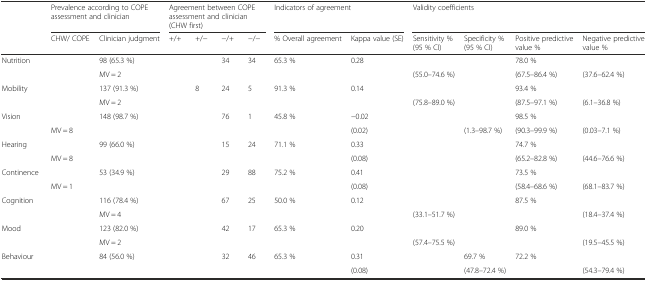
<table><thead><tr><td>[EMPTY_CELL]</td><td colspan="2"><b>Prevalence according to COPE assessment and clinician</b></td><td colspan="4"><b>Agreement between COPE assessment and clinician (CHW first)</b></td><td colspan="2"><b>Indicators of agreement</b></td><td colspan="4"><b>Validity coefficients</b></td></tr><tr><td>[EMPTY_CELL]</td><td><b>CHW/ COPE</b></td><td><b>Clinician judgment</b></td><td><b>+/+</b></td><td><b>+/−</b></td><td><b>−/+</b></td><td><b>−/−</b></td><td><b>% Overall agreement</b></td><td><b>Kappa value (SE)</b></td><td><b>Sensitivity % (95 % CI)</b></td><td><b>Specificity % (95 % CI)</b></td><td><b>Positive predictive value %</b></td><td><b>Negative predictive value %</b></td></tr></thead><tbody><tr><td rowspan="2">Nutrition</td><td rowspan="2">[EMPTY_CELL]</td><td>98 (65.3 %)</td><td rowspan="2">[EMPTY_CELL]</td><td rowspan="2">[EMPTY_CELL]</td><td rowspan="2">34</td><td rowspan="2">34</td><td rowspan="2">65.3 %</td><td>0.28</td><td>[EMPTY_CELL]</td><td>[EMPTY_CELL]</td><td>78.0 %</td><td>[EMPTY_CELL]</td></tr><tr><td>MV = 2</td><td>[EMPTY_CELL]</td><td>(55.0–74.6 %)</td><td>[EMPTY_CELL]</td><td>(67.5–86.4 %)</td><td>(37.6–62.4 %)</td></tr><tr><td rowspan="2">Mobility</td><td rowspan="2">[EMPTY_CELL]</td><td>137 (91.3 %)</td><td rowspan="2">[EMPTY_CELL]</td><td rowspan="2">8</td><td rowspan="2">24</td><td rowspan="2">5</td><td rowspan="2">91.3 %</td><td>0.14</td><td>[EMPTY_CELL]</td><td>[EMPTY_CELL]</td><td>93.4 %</td><td>[EMPTY_CELL]</td></tr><tr><td>MV = 2</td><td>[EMPTY_CELL]</td><td>(75.8–89.0 %)</td><td>[EMPTY_CELL]</td><td>(87.5–97.1 %)</td><td>(6.1–36.8 %)</td></tr><tr><td rowspan="2">Vision</td><td>[EMPTY_CELL]</td><td>148 (98.7 %)</td><td rowspan="2">[EMPTY_CELL]</td><td rowspan="2">[EMPTY_CELL]</td><td rowspan="2">76</td><td rowspan="2">1</td><td rowspan="2">45.8 %</td><td>−0.02</td><td>[EMPTY_CELL]</td><td>[EMPTY_CELL]</td><td>98.5 %</td><td>[EMPTY_CELL]</td></tr><tr><td>MV = 8</td><td>[EMPTY_CELL]</td><td>(0.02)</td><td>[EMPTY_CELL]</td><td>(1.3–98.7 %)</td><td>(90.3–99.9 %)</td><td>(0.03–7.1 %)</td></tr><tr><td rowspan="2">Hearing</td><td>[EMPTY_CELL]</td><td>99 (66.0 %)</td><td rowspan="2">[EMPTY_CELL]</td><td rowspan="2">[EMPTY_CELL]</td><td rowspan="2">15</td><td rowspan="2">24</td><td rowspan="2">71.1 %</td><td>0.33</td><td>[EMPTY_CELL]</td><td>[EMPTY_CELL]</td><td>74.7 %</td><td>[EMPTY_CELL]</td></tr><tr><td>MV = 8</td><td>[EMPTY_CELL]</td><td>(0.08)</td><td>[EMPTY_CELL]</td><td>[EMPTY_CELL]</td><td>(65.2–82.8 %)</td><td>(44.6–76.6 %)</td></tr><tr><td rowspan="2">Continence</td><td>[EMPTY_CELL]</td><td>53 (34.9 %)</td><td rowspan="2">[EMPTY_CELL]</td><td rowspan="2">[EMPTY_CELL]</td><td rowspan="2">29</td><td rowspan="2">88</td><td rowspan="2">75.2 %</td><td>0.41</td><td>[EMPTY_CELL]</td><td>[EMPTY_CELL]</td><td>73.5 %</td><td>[EMPTY_CELL]</td></tr><tr><td>MV = 1</td><td>[EMPTY_CELL]</td><td>(0.08)</td><td>[EMPTY_CELL]</td><td>[EMPTY_CELL]</td><td>(58.4–68.6 %)</td><td>(68.1–83.7 %)</td></tr><tr><td rowspan="2">Cognition</td><td rowspan="2">[EMPTY_CELL]</td><td>116 (78.4 %)</td><td rowspan="2">[EMPTY_CELL]</td><td rowspan="2">[EMPTY_CELL]</td><td rowspan="2">67</td><td rowspan="2">25</td><td rowspan="2">50.0 %</td><td>0.12</td><td>[EMPTY_CELL]</td><td>[EMPTY_CELL]</td><td>87.5 %</td><td>[EMPTY_CELL]</td></tr><tr><td>MV = 4</td><td>[EMPTY_CELL]</td><td>(33.1–51.7 %)</td><td>[EMPTY_CELL]</td><td>[EMPTY_CELL]</td><td>(18.4–37.4 %)</td></tr><tr><td rowspan="2">Mood</td><td rowspan="2">[EMPTY_CELL]</td><td>123 (82.0 %)</td><td rowspan="2">[EMPTY_CELL]</td><td rowspan="2">[EMPTY_CELL]</td><td rowspan="2">42</td><td rowspan="2">17</td><td rowspan="2">65.3 %</td><td>0.20</td><td>[EMPTY_CELL]</td><td>[EMPTY_CELL]</td><td>89.0 %</td><td>[EMPTY_CELL]</td></tr><tr><td>MV = 2</td><td>[EMPTY_CELL]</td><td>(57.4–75.5 %)</td><td>[EMPTY_CELL]</td><td>[EMPTY_CELL]</td><td>(19.5–45.5 %)</td></tr><tr><td rowspan="2">Behaviour</td><td rowspan="2">[EMPTY_CELL]</td><td rowspan="2">84 (56.0 %)</td><td rowspan="2">[EMPTY_CELL]</td><td rowspan="2">[EMPTY_CELL]</td><td rowspan="2">32</td><td rowspan="2">46</td><td rowspan="2">65.3 %</td><td>0.31</td><td>[EMPTY_CELL]</td><td>69.7 %</td><td>72.2 %</td><td>[EMPTY_CELL]</td></tr><tr><td>(0.08)</td><td>[EMPTY_CELL]</td><td>(47.8–72.4 %)</td><td>[EMPTY_CELL]</td><td>(54.3–79.4 %)</td></tr></tbody></table>